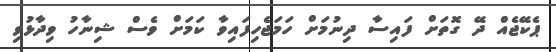
ޕެކޭޖެއް ދޭ ގޮތަށް ފައިސާ ދިނުމަށް ހަމަޖެހިފައިވާ ކަމަށް ވެސް ޝިނާހު ވިދާޅުވި